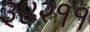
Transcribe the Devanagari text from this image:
३४२११